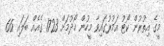
މީގެ އިތުރުން ކޯޓު އަމުރުގައިވާ މީހުން ހޯދުމަަށް 1723 ގެއެއް ބަލައި 66